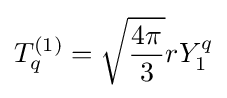
T_{q}^{(1)}={\sqrt {\frac {4\pi }{3}}}rY_{1}^{q}